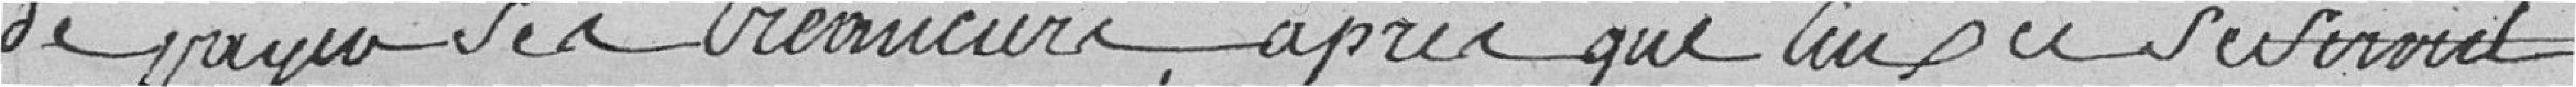
de payer ses creanciers, apres que ceux ci se soient